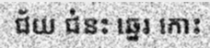
ជ័យ ជំនះ ឆ្នេរ កោះ